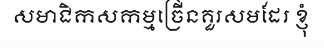
សមាជិកសកម្មច្រើនគួរសមដែរ ខ្ញុំ